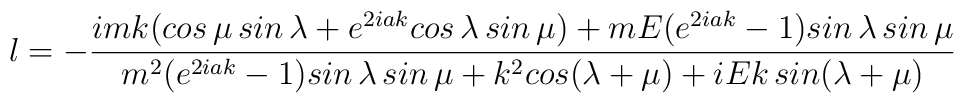
l=-\frac{imk(cos\,\mu \,sin\,\lambda +e^{2iak}cos\,\lambda \,sin\,\mu)+mE(e^{2iak}-1)sin\,\lambda \,sin\,\mu }{m^{2}(e^{2iak}-1)sin\,\lambda\,sin\,\mu +k^{2}cos(\lambda +\mu )+iEk\,sin(\lambda +\mu )}